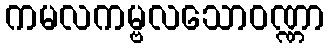
ကမလကမ္ဗလသောဝဏ္ဏာ